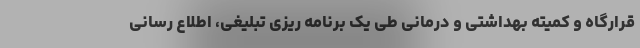
قرارگاه و کمیته بهداشتی و درمانی طی یک برنامه ریزی تبلیغی، اطلاع رسانی